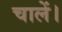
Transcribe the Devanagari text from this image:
चालें।